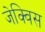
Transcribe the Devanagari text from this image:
जेक्विस